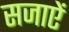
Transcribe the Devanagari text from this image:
सजाएें